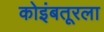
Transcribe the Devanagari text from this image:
कोइंबतूरला